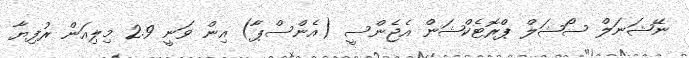
ނޭޝަނަލް ސޯޝަލް ޕްރޮޓެކްޝަން އެޖެންސީ (އެންސްޕާ) އިން ވަނީ 2.9 މިލިއަން ރުފިޔާ